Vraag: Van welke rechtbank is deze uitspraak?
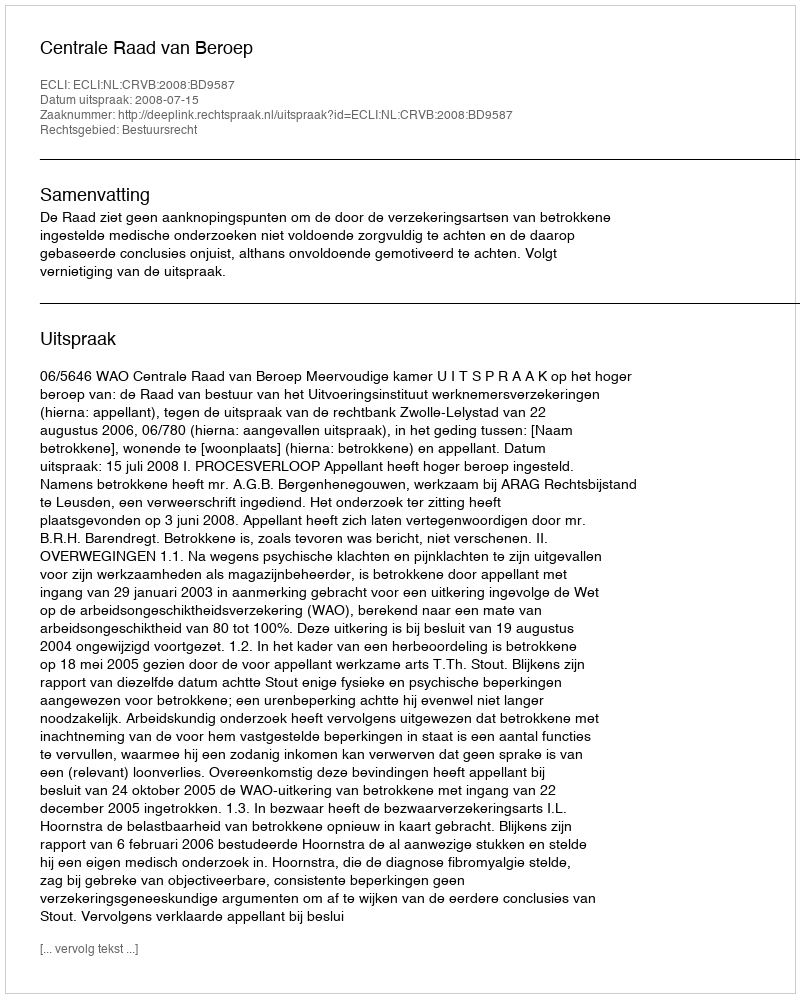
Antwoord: Centrale Raad van Beroep